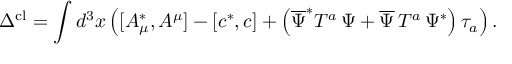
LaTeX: \Delta ^ { \mathrm { c l } } = \int d ^ { 3 } x \left( [ A _ { \mu } ^ { * } , A ^ { \mu } ] - \left[ c ^ { * } , c \right] + \left( \overline { { { \Psi } } } ^ { * } T ^ { a } \, \Psi + \overline { { { \Psi } } } \, T ^ { a } \, \Psi ^ { * } \right) \tau _ { a } \right) .